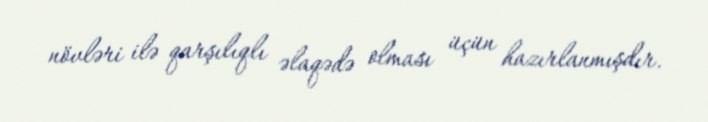
növləri ilə qarşılıqlı əlaqədə olması üçün hazırlanmışdır.